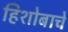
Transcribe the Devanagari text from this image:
हिशोबाचे